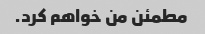
مطمئن من خواهم کرد.